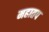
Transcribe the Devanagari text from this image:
महातप